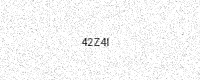
Text: 42Z4I